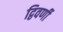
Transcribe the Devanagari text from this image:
द्विवर्णी